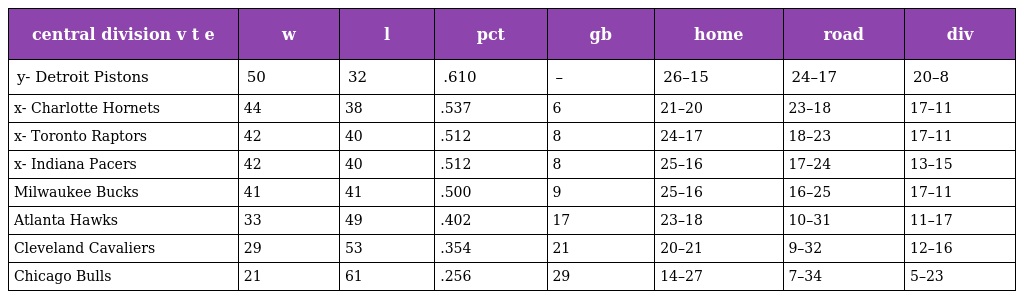
| central division v t e | w | l | pct | gb | home | road | div |
 | --- | --- | --- | --- | --- | --- | --- | --- |
 | y- Detroit Pistons | 50 | 32 | .610 | – | 26–15 | 24–17 | 20–8 |
 | x- Charlotte Hornets | 44 | 38 | .537 | 6 | 21–20 | 23–18 | 17–11 |
 | x- Toronto Raptors | 42 | 40 | .512 | 8 | 24–17 | 18–23 | 17–11 |
 | x- Indiana Pacers | 42 | 40 | .512 | 8 | 25–16 | 17–24 | 13–15 |
 | Milwaukee Bucks | 41 | 41 | .500 | 9 | 25–16 | 16–25 | 17–11 |
 | Atlanta Hawks | 33 | 49 | .402 | 17 | 23–18 | 10–31 | 11–17 |
 | Cleveland Cavaliers | 29 | 53 | .354 | 21 | 20–21 | 9–32 | 12–16 |
 | Chicago Bulls | 21 | 61 | .256 | 29 | 14–27 | 7–34 | 5–23 |